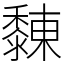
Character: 䵔